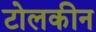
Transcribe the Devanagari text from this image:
टोलकीन